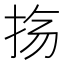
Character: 𫼟